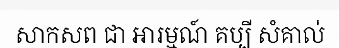
សាកសព ជា ឤរម្មណ៍ គប្បី សំគាល់